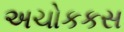
અચોકકસ